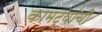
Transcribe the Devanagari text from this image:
कामट्यांची